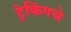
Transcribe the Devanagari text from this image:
ट्रेकिंगचे